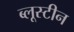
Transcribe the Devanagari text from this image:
ब्लूस्टीन